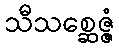
သီသစ္ဆေဇ္ဇံ